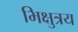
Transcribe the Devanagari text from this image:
भिक्षुत्रय